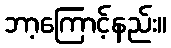
ဘာ့ကြောင့်နည်း။